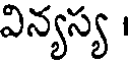
విన్యస్య